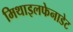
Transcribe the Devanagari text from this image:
मिथाइलफेनाडेट